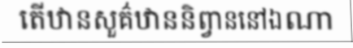
តើឋានសួគ៌ឋាននិព្វាននៅឯណា